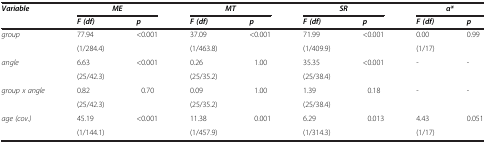
<table><thead><tr><td><b><i>Variable</i></b></td><td colspan="2"><b>ME</b></td><td colspan="2"><b>MT</b></td><td colspan="2"><b>SR</b></td><td colspan="2"><b>α*</b></td></tr><tr><td><b> </b></td><td><b><i>F (df)</i></b></td><td><b><i>p</i></b></td><td><b><i>F (df)</i></b></td><td><b><i>p</i></b></td><td><b><i>F (df)</i></b></td><td><b><i>p</i></b></td><td><b><i>F (df)</i></b></td><td><b><i>p</i></b></td></tr></thead><tbody><tr><td><i>group</i></td><td>77.94</td><td>&lt;0.001</td><td>37.09</td><td>&lt;0.001</td><td>71.99</td><td>&lt;0.001</td><td>0.00</td><td>0.99</td></tr><tr><td> </td><td>(1/284.4)</td><td> </td><td>(1/463.8)</td><td> </td><td>(1/409.9)</td><td> </td><td>(1/17)</td><td> </td></tr><tr><td><i>angle</i></td><td>6.63</td><td>&lt;0.001</td><td>0.26</td><td>1.00</td><td>35.35</td><td>&lt;0.001</td><td>-</td><td>-</td></tr><tr><td> </td><td>(25/42.3)</td><td> </td><td>(25/35.2)</td><td> </td><td>(25/38.4)</td><td> </td><td> </td><td> </td></tr><tr><td><i>group x angle</i></td><td>0.82</td><td>0.70</td><td>0.09</td><td>1.00</td><td>1.39</td><td>0.18</td><td>-</td><td>-</td></tr><tr><td> </td><td>(25/42.3)</td><td> </td><td>(25/35.2)</td><td> </td><td>(25/38.4)</td><td> </td><td> </td><td> </td></tr><tr><td><i>age (cov.)</i></td><td>45.19</td><td>&lt;0.001</td><td>11.38</td><td>0.001</td><td>6.29</td><td>0.013</td><td>4.43</td><td>0.051</td></tr><tr><td> </td><td>(1/144.1)</td><td> </td><td>(1/457.9)</td><td> </td><td>(1/314.3)</td><td> </td><td>(1/17)</td><td> </td></tr></tbody></table>